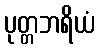
ပုတ္တဘရိယံ